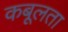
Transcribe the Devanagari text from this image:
कबूलता